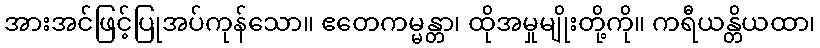
အားအင်ဖြင့်ပြုအပ်ကုန်သော။ ဧတေကမ္မန္တာ၊ ထိုအမှုမျိုးတို့ကို။ ကရီယန္တိယထာ၊